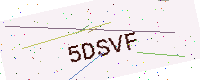
Text: 5DSVF